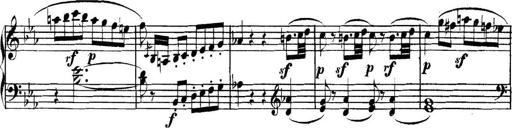
Title: Collected Piano Sonatas
Composer: Muzio Clementi